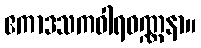
ဧကာဒသကဝါရဝဏ္ဏနာ။